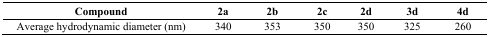
| Compound | 2a | 2b | 2c | 2d | 3d | 4d |
 | --- | --- | --- | --- | --- | --- | --- |
 | Average hydrodynamic diameter (nm) | 340 | 353 | 350 | 350 | 325 | 260 |